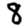
Digit: 8